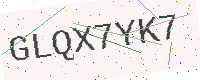
Text: GLQX7YK7